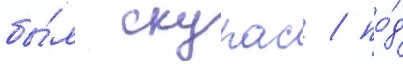
бы́л скурас / по́д